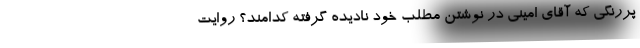
پررنگی که آقای امینی در نوشتن مطلب خود نادیده گرفته کدامند؟ روایت